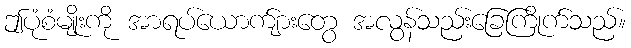
ဤပုံစံမျိုးကို အာရပ်ယောက်ျားတွေ အလွန်သည်းခြေကြိုက်သည်။